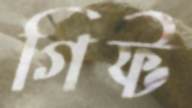
গিফ্ট